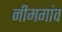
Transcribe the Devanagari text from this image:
नीमगांव